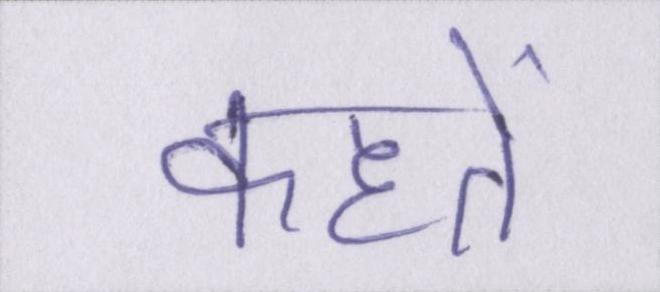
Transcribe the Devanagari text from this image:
कहतें